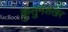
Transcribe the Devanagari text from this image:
कुसुमशेखर